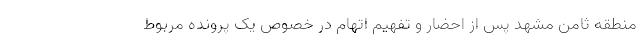
منطقه ثامن مشهد پس از احضار و تفهیم اتهام در خصوص یک پرونده مربوط